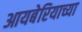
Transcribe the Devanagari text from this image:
आयबेरियाच्या